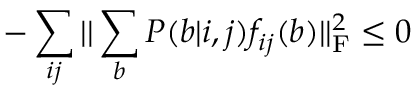
- \sum _ { i j } | | \sum _ { b } P ( b | i , j ) f _ { i j } ( b ) | | _ { \mathrm { F } } ^ { 2 } \le 0